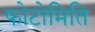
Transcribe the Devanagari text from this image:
फोटोमिति